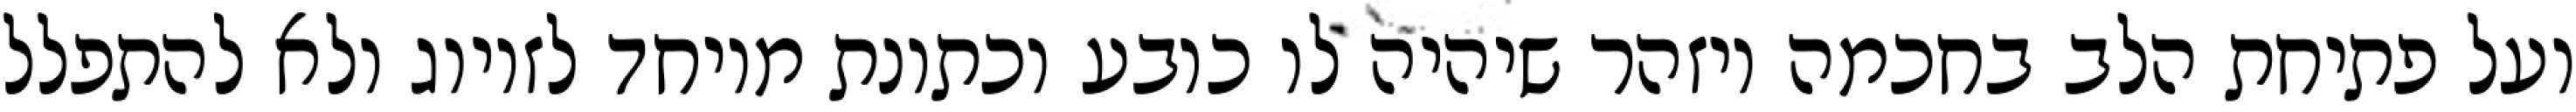
ועל פתיחת הלב בחכמה ויזהר שיהיה לו כובע וכתונת מיוחד לזיווג ולא להתפלל